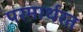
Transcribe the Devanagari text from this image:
परमार्थरत